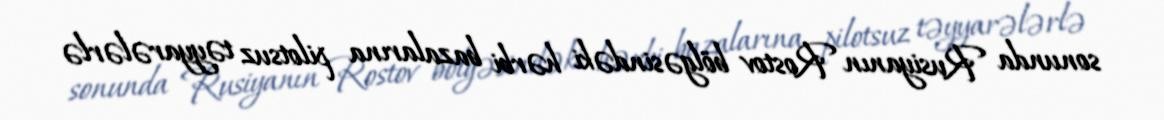
sonunda Rusiyanın Rostov bölgəsindəki hərbi bazalarına pilotsuz təyyarələrlə